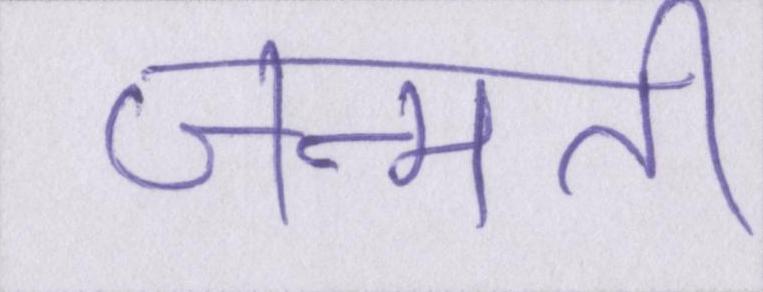
जन्मती